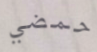
حمضي